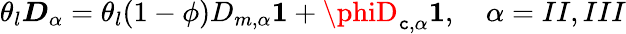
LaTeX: \theta_{l}\boldsymbol{D}_{\alpha}=\theta_{l}(1-\phi)D_{m,\alpha}\boldsymbol{1}+\phiD_{\mathtt{c},\alpha}\boldsymbol{1},\quad\alpha=II,III